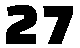
27